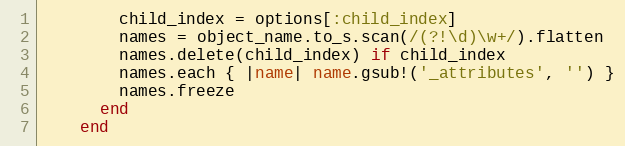
Language: Ruby
        child_index = options[:child_index]
        names = object_name.to_s.scan(/(?!\d)\w+/).flatten
        names.delete(child_index) if child_index
        names.each { |name| name.gsub!('_attributes', '') }
        names.freeze
      end
    end